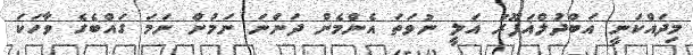
މިދައްކަނީ އަބްދުލްޣަފޫރު އަލީ ނުވަތަ އެންމެން ދަންނަ ނަމުން ނަމަ ގައްބެގެ ވާހަކަ